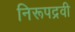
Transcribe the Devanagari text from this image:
निरूपद्रवी